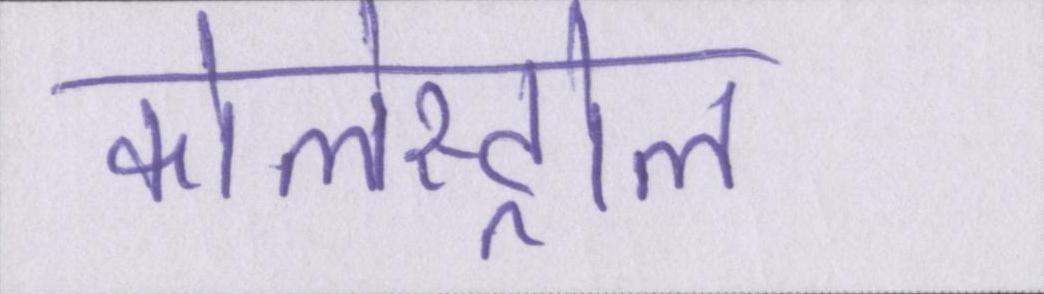
कोलेस्ट्रोल